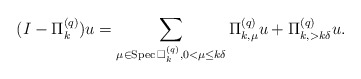
\begin{align*}(I-\Pi^{(q)}_k)u=\sum_{\mu\in{\rm Spec\,}\Box^{(q)}_k,0<\mu\leq k\delta}\Pi^{(q)}_{k,\mu}u+\Pi^{(q)}_{k,>k\delta}u.\end{align*}